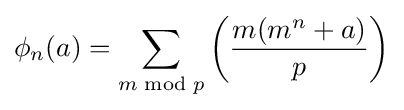
\phi _{n}(a)=\sum _{m{\bmod {p}}}\left({\dfrac {m(m^{n}+a)}{p}}\right)